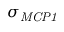
\sigma _ { \it M C P 1 }